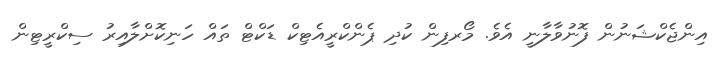
އިންޖެކްޝަނުން ފޮނުވާލާނީ އެވެ. މޯރފިން ކުދި ޕެންކްރީއެޓިކް ޑަކްޓް ތައް ހަނިކޮށްލާއިރު ސިކްރީޓިން